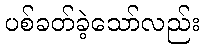
ပစ်ခတ်ခဲ့သော်လည်း